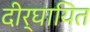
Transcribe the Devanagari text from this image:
दीर्घायित